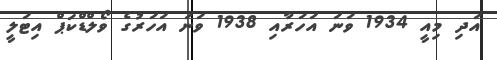
އަދި މިއީ 1934 ވަނަ އަހަރާއި 1938 ވަނަ އަހަރުގެ ވޯލްޑްކަޕް އިޓަލީ